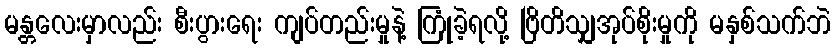
မန္တလေးမှာလည်း စီးပွားရေး ကျပ်တည်းမှုနဲ့ ကြုံခဲ့ရလို့ ဗြိတိသျှအုပ်စိုးမှုကို မနှစ်သက်ဘဲ